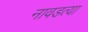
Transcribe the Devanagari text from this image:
नावडत्या